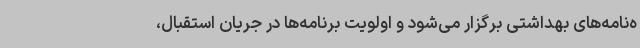
ه‌نامه‌های بهداشتی برگزار می‌شود و اولویت برنامه‌ها در جریان استقبال،